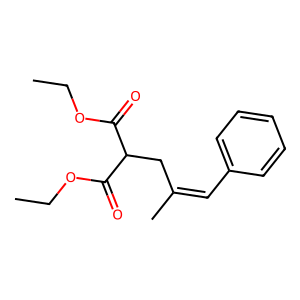
SMILES: CCOC(=O)C(CC(C)=Cc1ccccc1)C(=O)OCC
Inhibits HIV replication: No